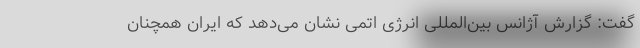
گفت: گزارش آژانس بین‌المللی انرژی اتمی نشان می‌دهد که ایران همچنان